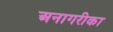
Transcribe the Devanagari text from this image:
अनागरीका